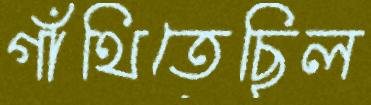
গাঁথিতেছিল